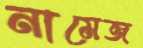
নামেজ